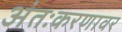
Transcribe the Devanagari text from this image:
अंतःकरणावर